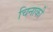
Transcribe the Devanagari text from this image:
चिनाकी